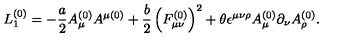
L _ { 1 } ^ { \left( 0 \right) } = - \frac { a } { 2 } A _ { \mu } ^ { \left( 0 \right) } A ^ { \mu \left( 0 \right) } + \frac { b } { 2 } \left( F _ { \mu \nu } ^ { \left( 0 \right) } \right) ^ { 2 } + \theta \epsilon ^ { \mu \nu \rho } A _ { \mu } ^ { \left( 0 \right) } \partial _ { \nu } A _ { \rho } ^ { \left( 0 \right) } .